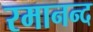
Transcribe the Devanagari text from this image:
रमानन्द